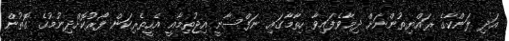
އަދި ލަންކާގެ ރައްޔިތުންނަށް ދިމާވެފައިވާ ހިތާމާގައި ނަފްސާނީ އިޖުތިމާއީ އެހީތެރިކަން ފޯރުކޮށްދިނުމުގެ ގޮތުން